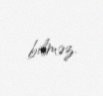
bilməz.